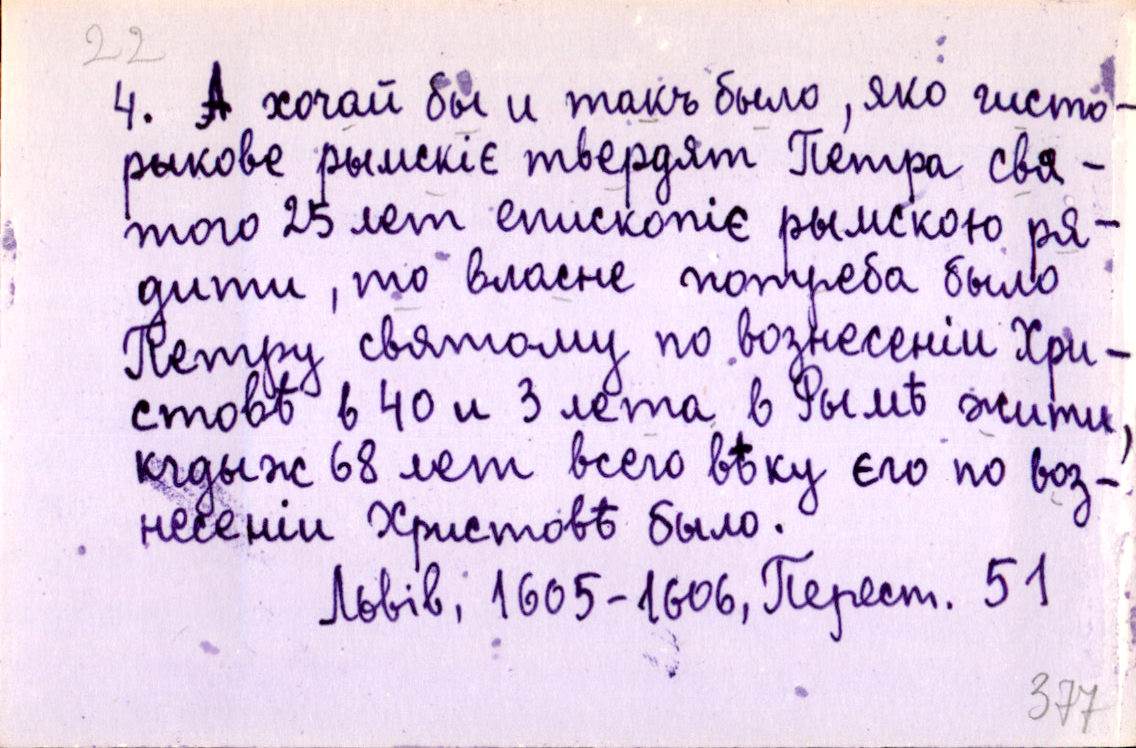
4. А хочай бы и такъ было, яко гисто-
рыкове рымскіє твердят Петра свя-
того 25 лет епископіє рымскою ря-
дити, то власне потреба было
Петру святому по вознесеніи Хри-
стовѣ в 40 и 3 лета в Рымѣ жити,
кгдыж 68 лет всего вѣку єго по воз-
несеніи Христовѣ было.
Львів, 1605-1606, Перест. 51